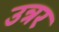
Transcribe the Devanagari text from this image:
उत्रर